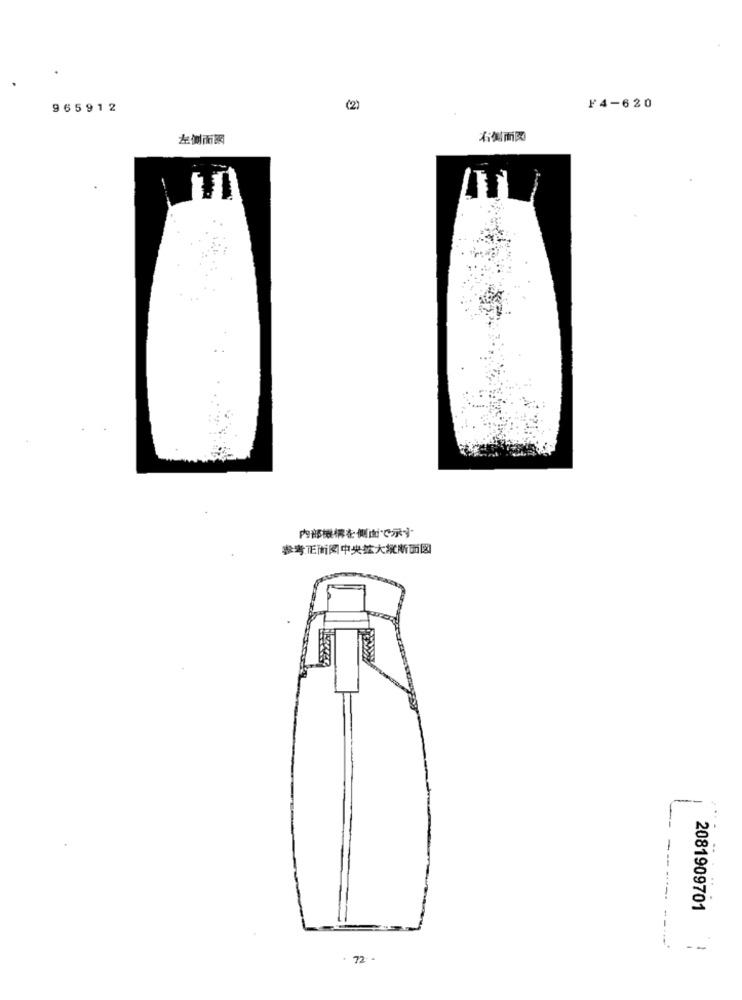
965912
(2)
F4-620
左側面網
右側面図
内部機構を側面でで示す
参考正面阅中央然大流断面図
-------
2081909701
. 72 --